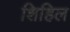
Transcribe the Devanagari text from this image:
शिहिल